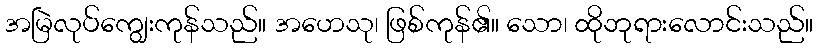
အမြဲလုပ်ကျွေးကုန်သည်။ အဟေသု၊ ဖြစ်ကုန်၏။ သော၊ ထိုဘုရားလောင်းသည်။